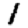
Digit: 1